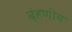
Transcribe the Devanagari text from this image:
बृंहणीय